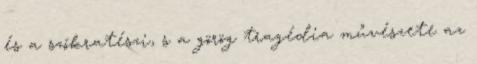
és a szókratészi, s a görög tragédia művészete az